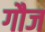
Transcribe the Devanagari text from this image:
गौज